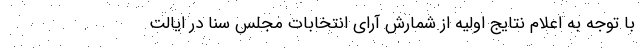
با توجه به اعلام نتایج اولیه از شمارش آرای انتخابات مجلس سنا در ایالت